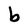
Character: b